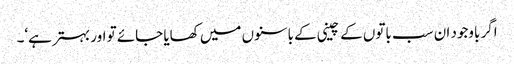
اگر باوجود ان سب باتوں کے چینی کے باسنوں میں کھایا جائے تو اور بہتر ہے‘۔